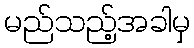
မည်သည့်အခါမှ